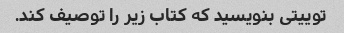
توییتی بنویسید که کتاب زیر را توصیف کند.